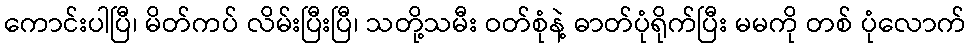
ကောင်းပါပြီ၊ မိတ်ကပ် လိမ်းပြီးပြီ၊ သတို့သမီး ဝတ်စုံနဲ့ ဓာတ်ပုံရိုက်ပြီး မမကို တစ် ပုံလောက်